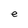
Character: e